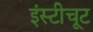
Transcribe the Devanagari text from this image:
इंस्टीचूट